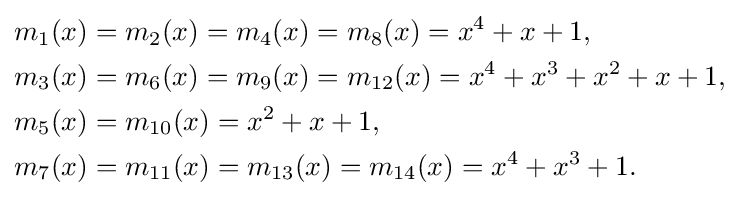
{\begin{aligned}m_{1}(x)&=m_{2}(x)=m_{4}(x)=m_{8}(x)=x^{4}+x+1,\\m_{3}(x)&=m_{6}(x)=m_{9}(x)=m_{12}(x)=x^{4}+x^{3}+x^{2}+x+1,\\m_{5}(x)&=m_{10}(x)=x^{2}+x+1,\\m_{7}(x)&=m_{11}(x)=m_{13}(x)=m_{14}(x)=x^{4}+x^{3}+1.\end{aligned}}